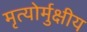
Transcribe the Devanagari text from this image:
मृत्‍योर्मुक्षीय